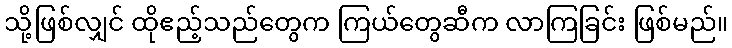
သို့ဖြစ်လျှင် ထိုဧည့်သည်တွေက ကြယ်တွေဆီက လာကြခြင်း ဖြစ်မည်။